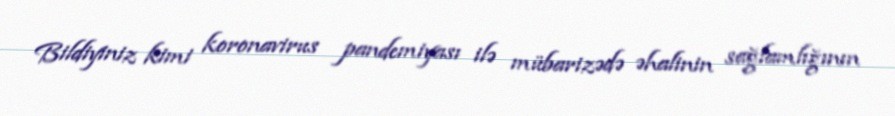
Bildiyiniz kimi koronavirus pandemiyası ilə mübarizədə əhalinin sağlamlığının